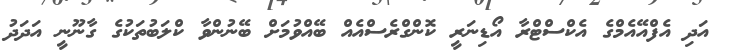
އަދި އެފްއޭއެމްގެ އެކްސްޓްރާ އޯޑިނަރީ ކޮންގްރެސްއެއް ބޭއްވުމަށް ބޭނުންވާ ކްލަބުތަކުގެ ގާނޫނީ އަދަދު